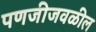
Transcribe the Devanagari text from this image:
पणजीजवळील